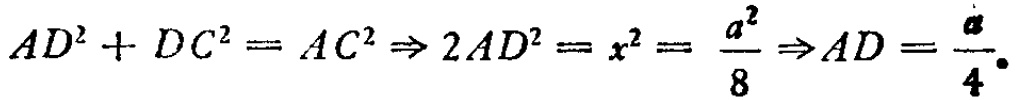
\(AD^{2}+DC^{2}=AC^{2}\Rightarrow 2AD^{2}=x^{2}=\frac{a^{2}}{8}\Rightarrow AD=\frac{a}{4}\)